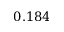
0 . 1 8 4